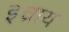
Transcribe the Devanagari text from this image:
इच्राय